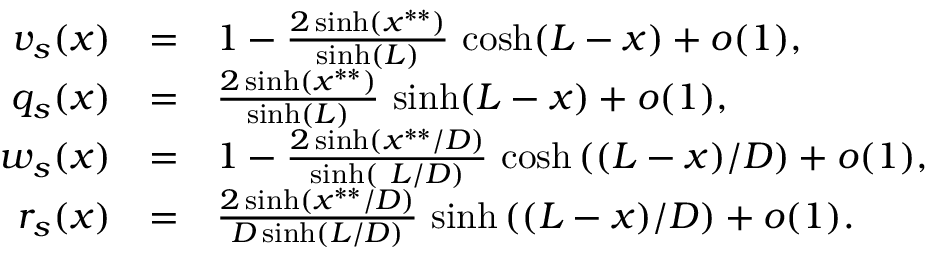
\begin{array} { r c l r c l } { v _ { s } ( x ) } & { = } & { 1 - \frac { 2 \sinh ( x ^ { * * } ) } { \sinh ( L ) } \, \cosh ( L - x ) + o ( 1 ) , } \\ { q _ { s } ( x ) } & { = } & { \frac { 2 \sinh ( x ^ { * * } ) } { \sinh ( L ) } \, \sinh ( L - x ) + o ( 1 ) , } \\ { w _ { s } ( x ) } & { = } & { 1 - \frac { 2 \sinh \left( x ^ { * * } / D \right) } { \sinh \left( \ L / D \right) } \, \cosh \left( ( L - x ) / D \right) + o ( 1 ) , } \\ { r _ { s } ( x ) } & { = } & { \frac { 2 \sinh \left( x ^ { * * } / D \right) } { D \sinh \left( L / D \right) } \, \sinh \left( ( L - x ) / D \right) + o ( 1 ) . } \end{array}